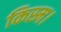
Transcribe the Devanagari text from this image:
किस्म।